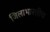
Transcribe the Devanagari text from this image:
जिलाभारतीय